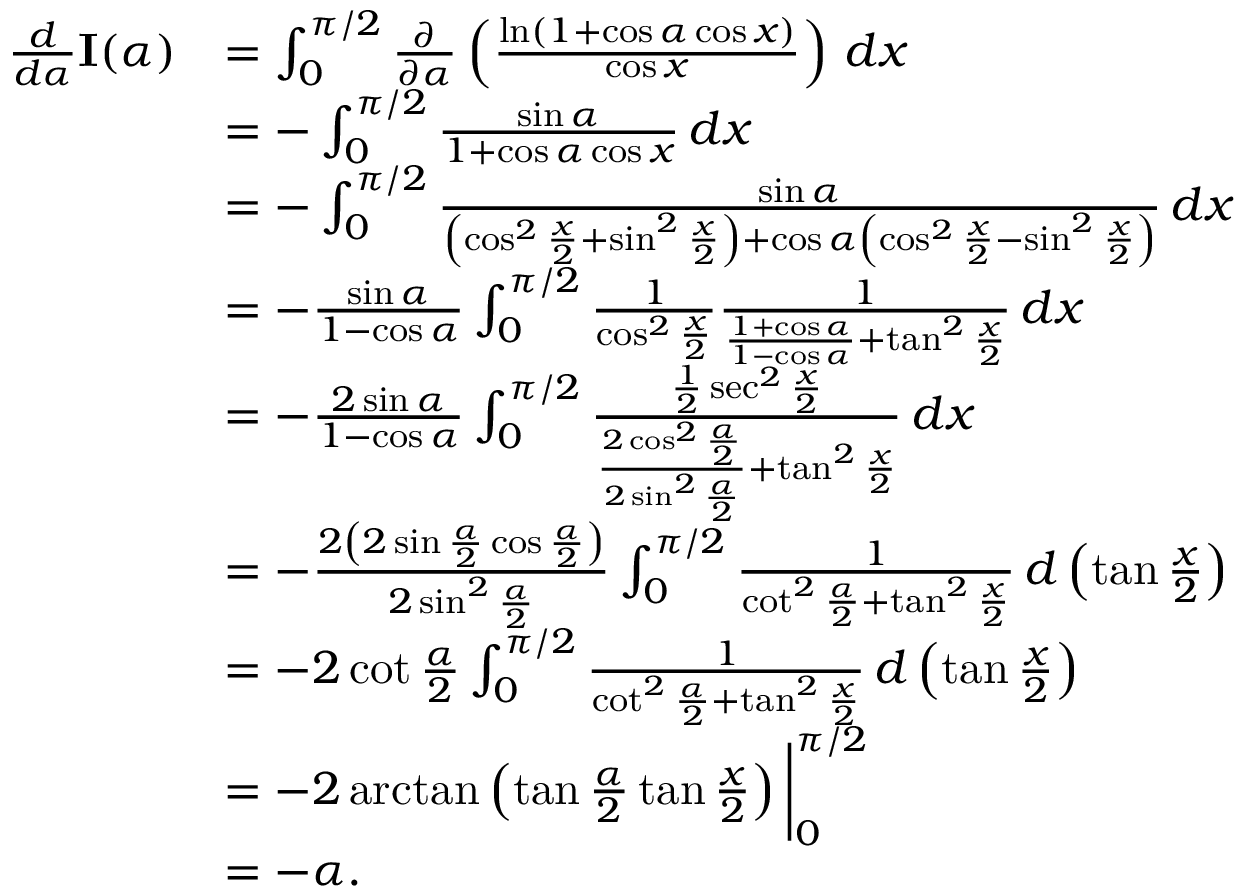
{ \begin{array} { r l } { { \frac { d } { d \alpha } } \mathbf { I } ( \alpha ) } & { = \int _ { 0 } ^ { \pi / 2 } { \frac { \partial } { \partial \alpha } } \left( { \frac { \ln ( 1 + \cos \alpha \cos x ) } { \cos x } } \right) \, d x } \\ & { = - \int _ { 0 } ^ { \pi / 2 } { \frac { \sin \alpha } { 1 + \cos \alpha \cos x } } \, d x } \\ & { = - \int _ { 0 } ^ { \pi / 2 } { \frac { \sin \alpha } { \left( \cos ^ { 2 } { \frac { x } { 2 } } + \sin ^ { 2 } { \frac { x } { 2 } } \right) + \cos \alpha \left( \cos ^ { 2 } { \frac { x } { 2 } } - \sin ^ { 2 } { \frac { x } { 2 } } \right) } } \, d x } \\ & { = - { \frac { \sin \alpha } { 1 - \cos \alpha } } \int _ { 0 } ^ { \pi / 2 } { \frac { 1 } { \cos ^ { 2 } { \frac { x } { 2 } } } } { \frac { 1 } { { \frac { 1 + \cos \alpha } { 1 - \cos \alpha } } + \tan ^ { 2 } { \frac { x } { 2 } } } } \, d x } \\ & { = - { \frac { 2 \sin \alpha } { 1 - \cos \alpha } } \int _ { 0 } ^ { \pi / 2 } { \frac { { \frac { 1 } { 2 } } \sec ^ { 2 } { \frac { x } { 2 } } } { { \frac { 2 \cos ^ { 2 } { \frac { \alpha } { 2 } } } { 2 \sin ^ { 2 } { \frac { \alpha } { 2 } } } } + \tan ^ { 2 } { \frac { x } { 2 } } } } \, d x } \\ & { = - { \frac { 2 \left( 2 \sin { \frac { \alpha } { 2 } } \cos { \frac { \alpha } { 2 } } \right) } { 2 \sin ^ { 2 } { \frac { \alpha } { 2 } } } } \int _ { 0 } ^ { \pi / 2 } { \frac { 1 } { \cot ^ { 2 } { \frac { \alpha } { 2 } } + \tan ^ { 2 } { \frac { x } { 2 } } } } \, d \left( \tan { \frac { x } { 2 } } \right) } \\ & { = - 2 \cot { \frac { \alpha } { 2 } } \int _ { 0 } ^ { \pi / 2 } { \frac { 1 } { \cot ^ { 2 } { \frac { \alpha } { 2 } } + \tan ^ { 2 } { \frac { x } { 2 } } } } \, d \left( \tan { \frac { x } { 2 } } \right) } \\ & { = - 2 \arctan \left( \tan { \frac { \alpha } { 2 } } \tan { \frac { x } { 2 } } \right) { \bigg | } _ { 0 } ^ { \pi / 2 } } \\ & { = - \alpha . } \end{array} }